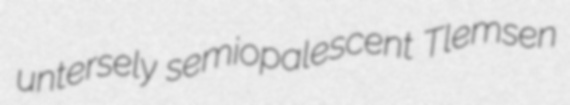
untersely semiopalescent Tlemsen